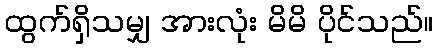
ထွက်ရှိသမျှ အားလုံး မိမိ ပိုင်သည်။